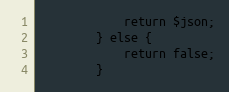
Language: PHP
            return $json;
        } else {
            return false;
        }